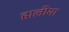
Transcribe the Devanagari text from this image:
हालीया